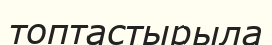
топтастырыла